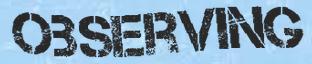
OBSERVING